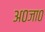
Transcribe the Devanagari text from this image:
अ०जा०